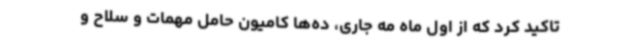
تاکید کرد که از اول ماه مه جاری، ده‌ها کامیون حامل مهمات و سلاح و